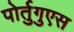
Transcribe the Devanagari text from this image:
पोर्तुगुएस